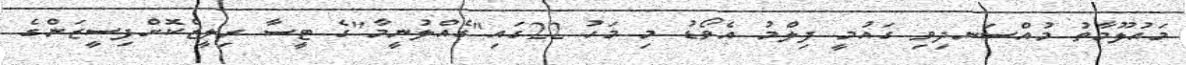
މައުލޫމާތު މުއްސަނދިވި ގައުމީ ފިލްމު އެވޯޑު މި މަހު 22ގައި"ގެއްލުނީމާ"ގެ ޓީސާ ރިލީޒްކޮށްފިސީޒަންގެ